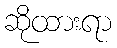
ဆိုထားရာ